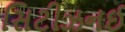
સિટીઝનઈ